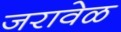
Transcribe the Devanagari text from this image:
जरावेळ